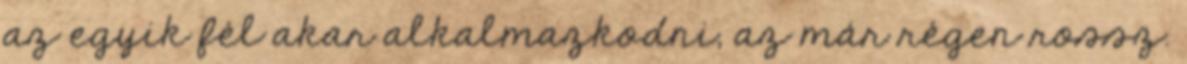
az egyik fél akar alkalmazkodni, az már régen rossz.